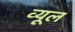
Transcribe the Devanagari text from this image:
व्यूल